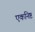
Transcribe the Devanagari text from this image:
एकनिष्ट